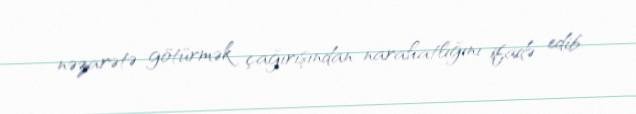
nəzarətə götürmək çağırışından narahatlığını ifadə edib.